Treatise on elephants
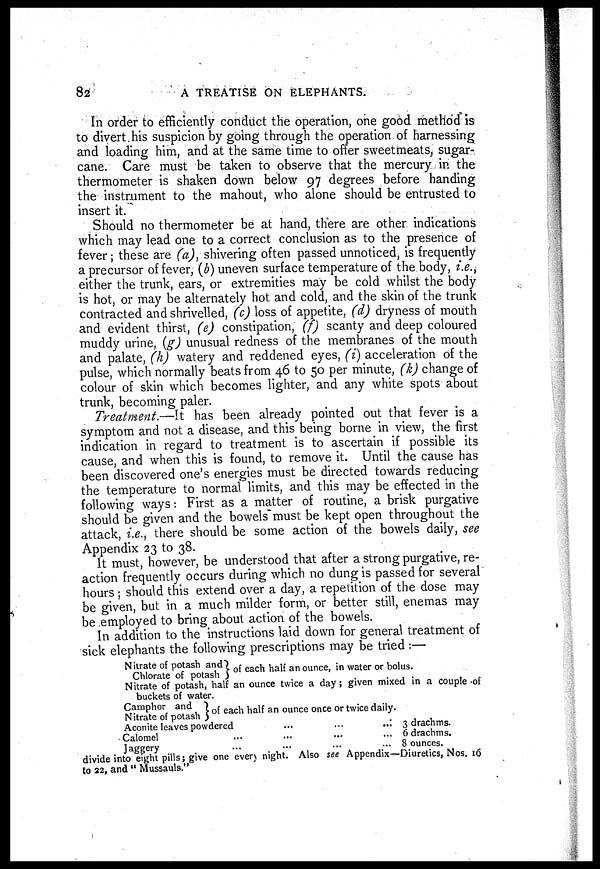
82
A TREATISE ON ELEPHANTS.
In order to efficiently conduct the operation, one good method is
to divert his suspicion by going through the operation of harnessing
and loading him, and at the same time to offer sweetmeats, sugar-
cane. Care must be taken to observe that the mercury in the
thermometer is shaken down below 97 degrees before handing
the instrument to the mahout, who alone should be entrusted to
insert it.
Should no thermometer be at hand, there are other indications
which may lead one to a correct conclusion as to the presence of
fever; these are (a), shivering often passed unnoticed, is frequently
a precursor of fever, (b) uneven surface temperature of the body, i.e.,
either the trunk, ears, or extremities may be cold whilst the body
is hot, or may be alternately hot and cold, and the skin of the trunk
contracted and shrivelled, (c) loss of appetite, (d) dryness of mouth
and evident thirst, (e) constipation, (f) scanty and deep coloured
muddy urine, (g) unusual redness of the membranes of the mouth
and palate, (h) watery and reddened eyes, (i) acceleration of the
pulse, which normally beats from 46 to 50 per minute, (k) change of
colour of skin which becomes lighter, and any white spots about
trunk, becoming paler.
Treatment.—It has been already pointed out that fever is a
symptom and not a disease, and this being borne in view, the first
indication in regard to treatment is to ascertain if possible its
cause, and when this is found, to remove it. Until the cause has
been discovered one's energies must be directed towards reducing
the temperature to normal limits, and this may be effected in the
following ways: First as a matter of routine, a brisk purgative
should be given and the bowels must be kept open throughout the
attack, i.e., there should be some action of the bowels daily, see
Appendix 23 to 38.
It must, however, be understood that after a strong purgative, re-
action frequently occurs during which no dung is passed for several
hours; should this extend over a day, a repetition of the dose may
be given, but in a much milder form, or better still, enemas may
be employed to bring about action of the bowels.
In addition to the instructions laid down for general treatment of
sick elephants the following prescriptions may be tried :—
Nitrate of potash and
Chlorate of potash
of each half an ounce, in water or bolus.
Nitrate of potash, half an ounce twice a day; given mixed in a couple of
buckets of water.
Camphor and
Nitrate of potash
of each half an ounce once or twice daily.
Aconite leaves powdered
Calomel ...
Jaggery ...
...
...
...
...
...
...
...
...
...
3 drachms.
6 drachms.
8 ounces.
divide into eight pills; give one even night. Also see Appendix—Diuretics, Nos. 16
to 22, and "Mussauls."